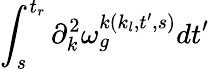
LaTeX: \int_{s}^{t_{r}}\partial_{k}^{2}\omega_{g}^{k(k_{l},t^{\prime},s)}dt^{\prime}